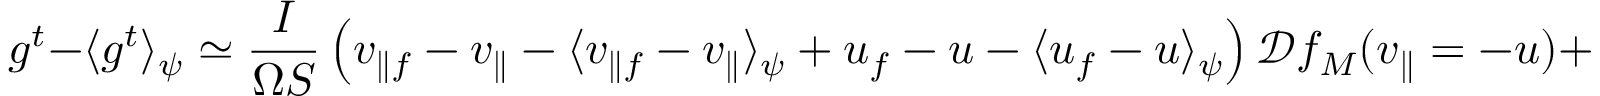
g ^ { t } - \langle g ^ { t } \rangle _ { \psi } \simeq \frac { I } { \Omega S } \left( v _ { \parallel f } - v _ { \parallel } - \langle v _ { \parallel f } - v _ { \parallel } \rangle _ { \psi } + u _ { f } - u - \langle u _ { f } - u \rangle _ { \psi } \right) \mathcal { D } f _ { M } ( v _ { \parallel } = - u ) + \textit { O } ( \epsilon v _ { t } ) .